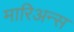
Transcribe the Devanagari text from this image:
मारिअन्स